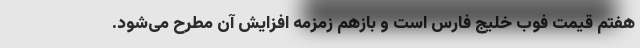
هفتم قیمت فوب خلیج فارس است و بازهم زمزمه افزایش آن مطرح می‌شود.